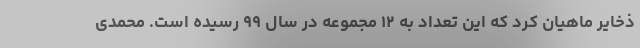
ذخایر ماهیان کرد که این تعداد به ۱۲ مجموعه در سال ۹۹ رسیده است. محمدی